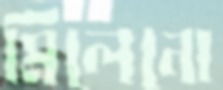
মিলেনো